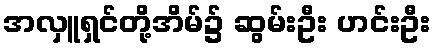
အလှူရှင်တို့အိမ်၌ ဆွမ်းဦး ဟင်းဦး